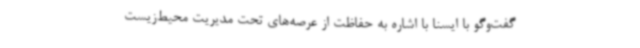
گفت‌وگو با ایسنا با اشاره به حفاظت از عرصه‌های تحت مدیریت محیط‌زیست